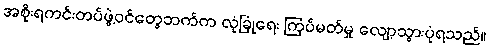
အစိုးရကင်းတပ်ဖွဲ့ဝင်တွေဘက်က လုံခြုံရေး ကြပ်မတ်မှု လျော့သွားပုံရသည်။